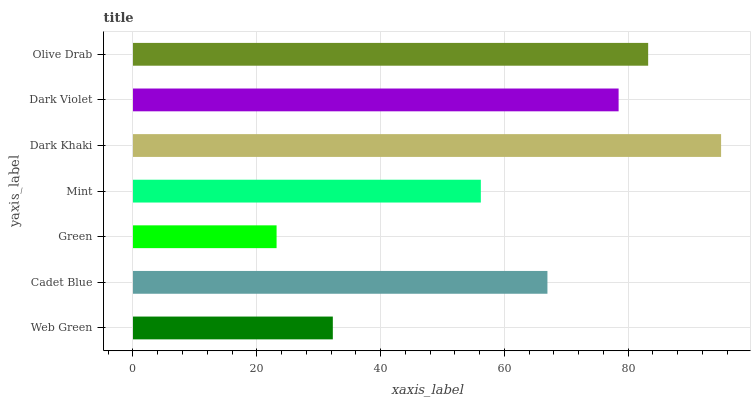
| yaxis_label | bars |
 | --- | --- |
 | Web Green | 32.3 |
 | Cadet Blue | 67 |
 | Green | 23.2 |
 | Mint | 56.2 |
 | Dark Khaki | 95 |
 | Dark Violet | 78.5 |
 | Olive Drab | 83.2 |